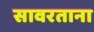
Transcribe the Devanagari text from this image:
सावरताना